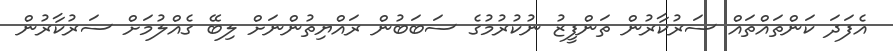
އެފަދަ ކަންތައްތައް ސަރުކާރުން ތަންފީޒު ނުކުރުމުގެ ސަބަބުން ރައްޔިތުންނަށް ލިބޭ ގެއްލުމަށް ސަރުކާރުން